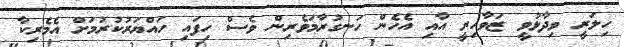
ހިލަރީ ވިދާޅުވީ ޒަވާހިރީ އާއި އެހެން ހަނގުރާމަވެރިން ވެސް ހިފައި ހައްޔަރުކުރުމަށް އެމެރިކާ